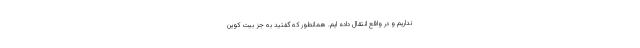
نداریم و در واقع انتقال داده ایم. همانطور که گفتید به جز بیت کوین